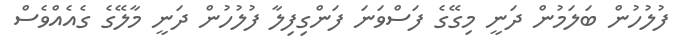
ފުލުހުން ބަލަމުން ދަނީ މިގޭގެ ފަސްވަނަ ފަންގިފިލާ ފުލުހުން ދަނީ މާލޭގެ ގެއެއްވެސް